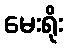
မေးရိုး